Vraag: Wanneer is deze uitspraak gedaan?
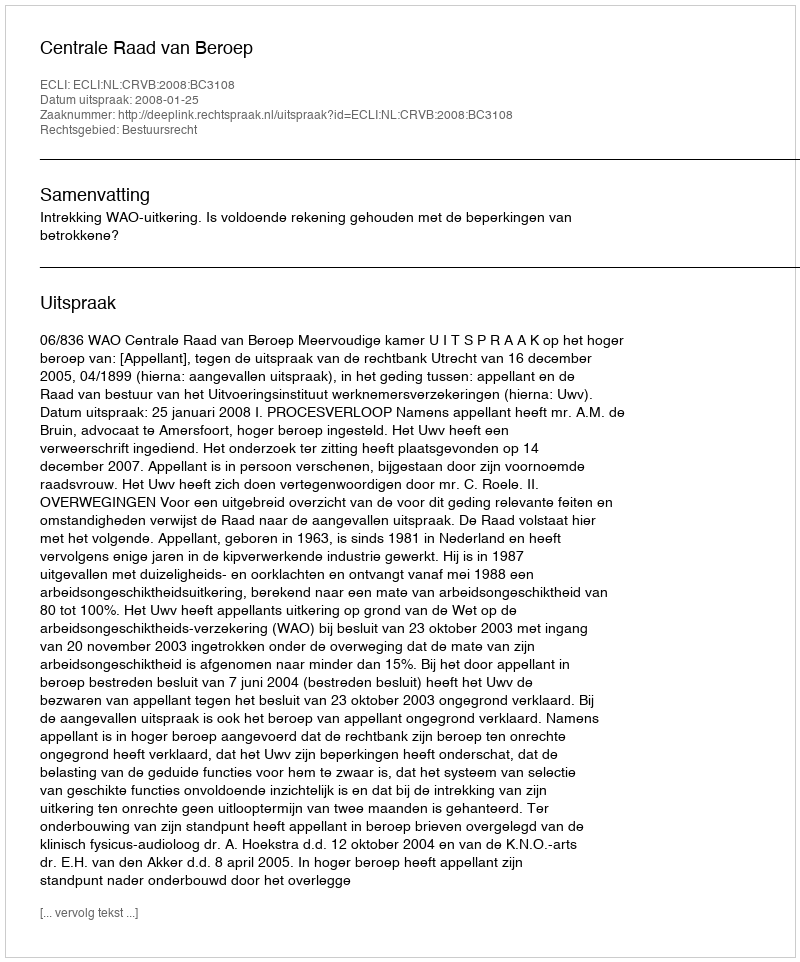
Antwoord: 2008-01-25